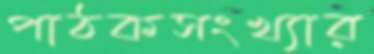
পাঠকসংখ্যার